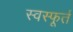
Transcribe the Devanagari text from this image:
स्वस्फूर्त